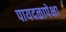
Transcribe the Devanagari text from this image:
पायदळापेक्षा